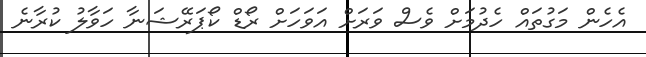
އެހެން މަގުތައް ހެދުމަށް ވެސް ވަރަށް އަވަހަށް ރޯޑް ކޯޕަރޭޝަނާ ހަވާލު ކުރާނެ